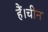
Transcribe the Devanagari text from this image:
हैं।चीन